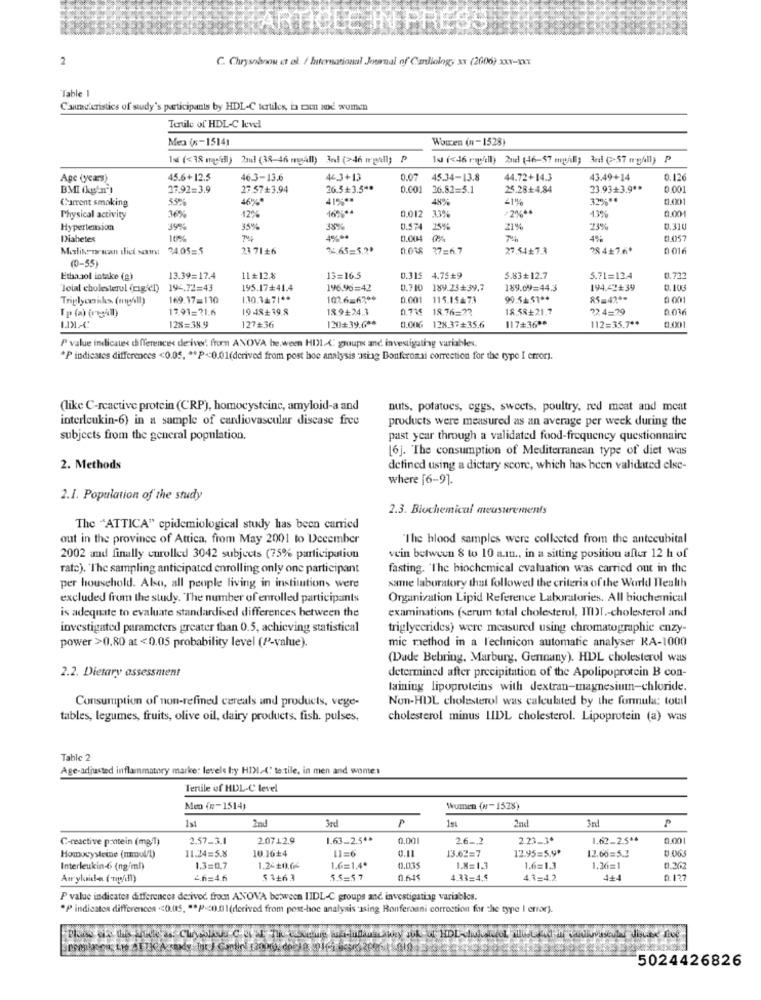
2
C. Chrysobnou et al. / International Journal of Cardiology x (2006) 211-Xxx
Table I
C'aundteristics of study's participants by HDL-C tertiles, ix raen wod women
Tertile of HDL-C kevel
Me (x-15141
Wowren (n-1528)
1sl (<38 mpill) 2ml (38-46 mgAll) 3dl (>46 waidl) P
1dl (<46 rapfill) 2nel (46-57 mpill) 3rdl ( 57 mg/ll) P
Age (years)
45.6+12.5
46.3-13.6
44.3+13
0.07
45.34-13.8
44.72+14.3
43.49+14
0.126
27.92=3.9
27 57+3.94
26.3+3.5 **
0.001
36.82=5.1
25.28+4.84
23.93+3.9 **
0.001
55%
46%*
41% **
449%
41%
329% **
£1.0201
Current smoking
12%
16% **
0.012
·2% **
135%
0.00
Physical activity
3%
Hypertension
39%
35%
38%
0.574
15%
21%
23%
0.310
Diabetes
0.0014
0.057
Malikenuzun die sous 24.05=5
23 71+6
24.65=5.2*
0.018
37=6.7
27.54+7.3
28 4+7.6+
0 016
10-55)
Ethanol intake (g)
13.39=17.4
11#128
13=16.5
0.315
4.75₺9
5.83+12.7
5.71=13.4
0.723
"Total cholesterol (rig dl)
194.72=43
195.17+41.4
196.96=42
0.710 189.23+39.7
189.09=44.3
194.42+39
Triglycerides (mg/ll)
169.17=110
130.3471 **
102.6-6700
0.001
115.15473
90.5151 **
85=42 **
0 001
17.91=21.6
19 48+ 39.8
189+24.3
0.735
18.76=23
18.58+21.7
224=29
0.016
128=38.9
0.00G
128.37+35.6
127+36
120+39.6 **
117+3688
112=35.7 **
P value indicates differences derived. from ANOVA be.ween HII4: groups and investigating variables.
*P indicates differences <0.05. ** P << 0.01(derived from post boe analysis 'astag Bonferomai correction for the type I error).
(like C-reactive protein (CRP), homocysteine, amyloid-a and
nuts, potatoes, eggs, sweets, poultry, red meat and meat
interleukin-6) in a sample of cardiovascular disease free
products were measured as an average per week during the
subjects from the general population.
past year through a validated food-frequency questionnaire
[6]. The consumption of Mediterranean type of diet was
2. Methods
defined using a dietary score, which has heen validated else-
where [6-9].
2.1. Population of the study
2.3. Biochemical measurements
The "ATTICA" epidemiological study has been carried
out in the province of Attica, from May 2001 to December
"The blood samples were collected from the antecubital
2002 and finally curolled 3042 subjects (75% participation
vein between 8 to 10 a.m ., in a sitting position after 12 h of
rate). "The sampling anticipated enrolling only one participant
fasting. 'The biochemical evaluation was carried out in the
same laboratory that followed the criteria of the World Health
per household. Also, all people living in institutions were
excluded from the study. The number of enrolled participants
Organization Lipid Reference Laboratories. All biochemical
is adequate to evaluate standardised differences between the
examinations (serum total cholesterol, ITDI .- cholesterol and
investigated parameters greater than 0.5, achieving statistical
triglycerides) were measured using chromatographie enzy-
mic method in a l'eclinicon automatic analyser KA-1000
power >0.80 at <0.05 probability level (P-value).
(Dade Behring, Marburg, Gennany). HDL cholesterol was
2.2. Dietary assessment
determined after precipitation of the Apolipoprotein B con-
laining lipoproteins with dextran-magnesium-chloride.
Consumption of non-refined cereals and products, vege-
Non-HDL cholesterol was calculated by the formula: total
tables, legumes, fruits, olive oil, dairy products. fish. pulses,
cholesterol minus LIDL cholesterol. Lipoprotein (a) was
Table 2
Age-adjusted inflammatory marke: levels hy HDMI-( te:tile, in men and women
Tertile of HDL-C level
Men (n-1514)
Women (H-1528)
1st
P
19
3nl
P
2nd
3rd
2nd
C-reactive pantein (mg/1)
2.57_3.1
2.0712.9
1.63-2.5 **
0.00
2.6 _. 2
2.23_30
1.62-2.544
0.00
10.16+4
0.11
13.62=7
12.95=5.9º
12.66=5.3
Homocysteine (mmol/l)
11.24=5.8
Interleukin-6 (ng/ml)
1.3=0.7
1.26+0.04
1.6=1.4º
0.035
1.8=1.3
1.6=1.3
1.26=1
Aur yloide (-mg/dl)
4.6=4.6
$ 3+63
S.S=5 7
0.64$
4.33=4.5
4.3=4.2
4+4
0.127
P value indicates differences derived from ANOVA between IIDL-C groups and investigating variables.
*P indicatos differences << 0.015, "*P-c0.01(derived from post-hoc analysis 'Ising Bonferaani correction for the type I error).
5024426826